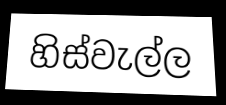
හිස්වැල්ල